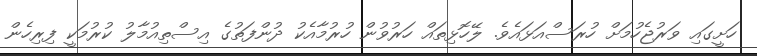
ހަށީގައި ވަރުޖެހުމަށް ހުރަސްއަޅައެވެ. ލޭހޮޅިތައް ހަރުވުން ހުރުމާއެކު ދުންފަތުގެ އިސްތިއުމާލު ކުރުމަކީ ފިރިހެން